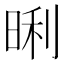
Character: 𭦏